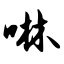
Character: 啉